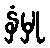
နှံမှု